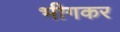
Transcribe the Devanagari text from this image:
भीगकर